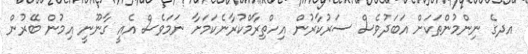
އދގެ ނިންމުންތަކަށް އަބަދުވެސް ސަރުކާރުން އިހްތިރާމްކުރާނެކަމަށާ ނަމަވެސް އެއީ ގާނޫނީ އިމުން ބޭރުން